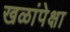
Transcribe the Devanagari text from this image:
खळांपेक्षा